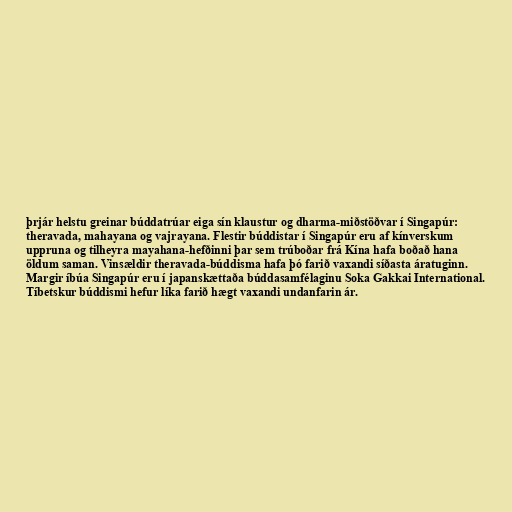
þrjár helstu greinar búddatrúar eiga sín klaustur og dharma-miðstöðvar í Singapúr:
theravada, mahayana og vajrayana. Flestir búddistar í Singapúr eru af kínverskum
uppruna og tilheyra mayahana-hefðinni þar sem trúboðar frá Kína hafa boðað hana
öldum saman. Vinsældir theravada-búddisma hafa þó farið vaxandi síðasta áratuginn.
Margir íbúa Singapúr eru í japanskættaða búddasamfélaginu Soka Gakkai International.
Tíbetskur búddismi hefur líka farið hægt vaxandi undanfarin ár.